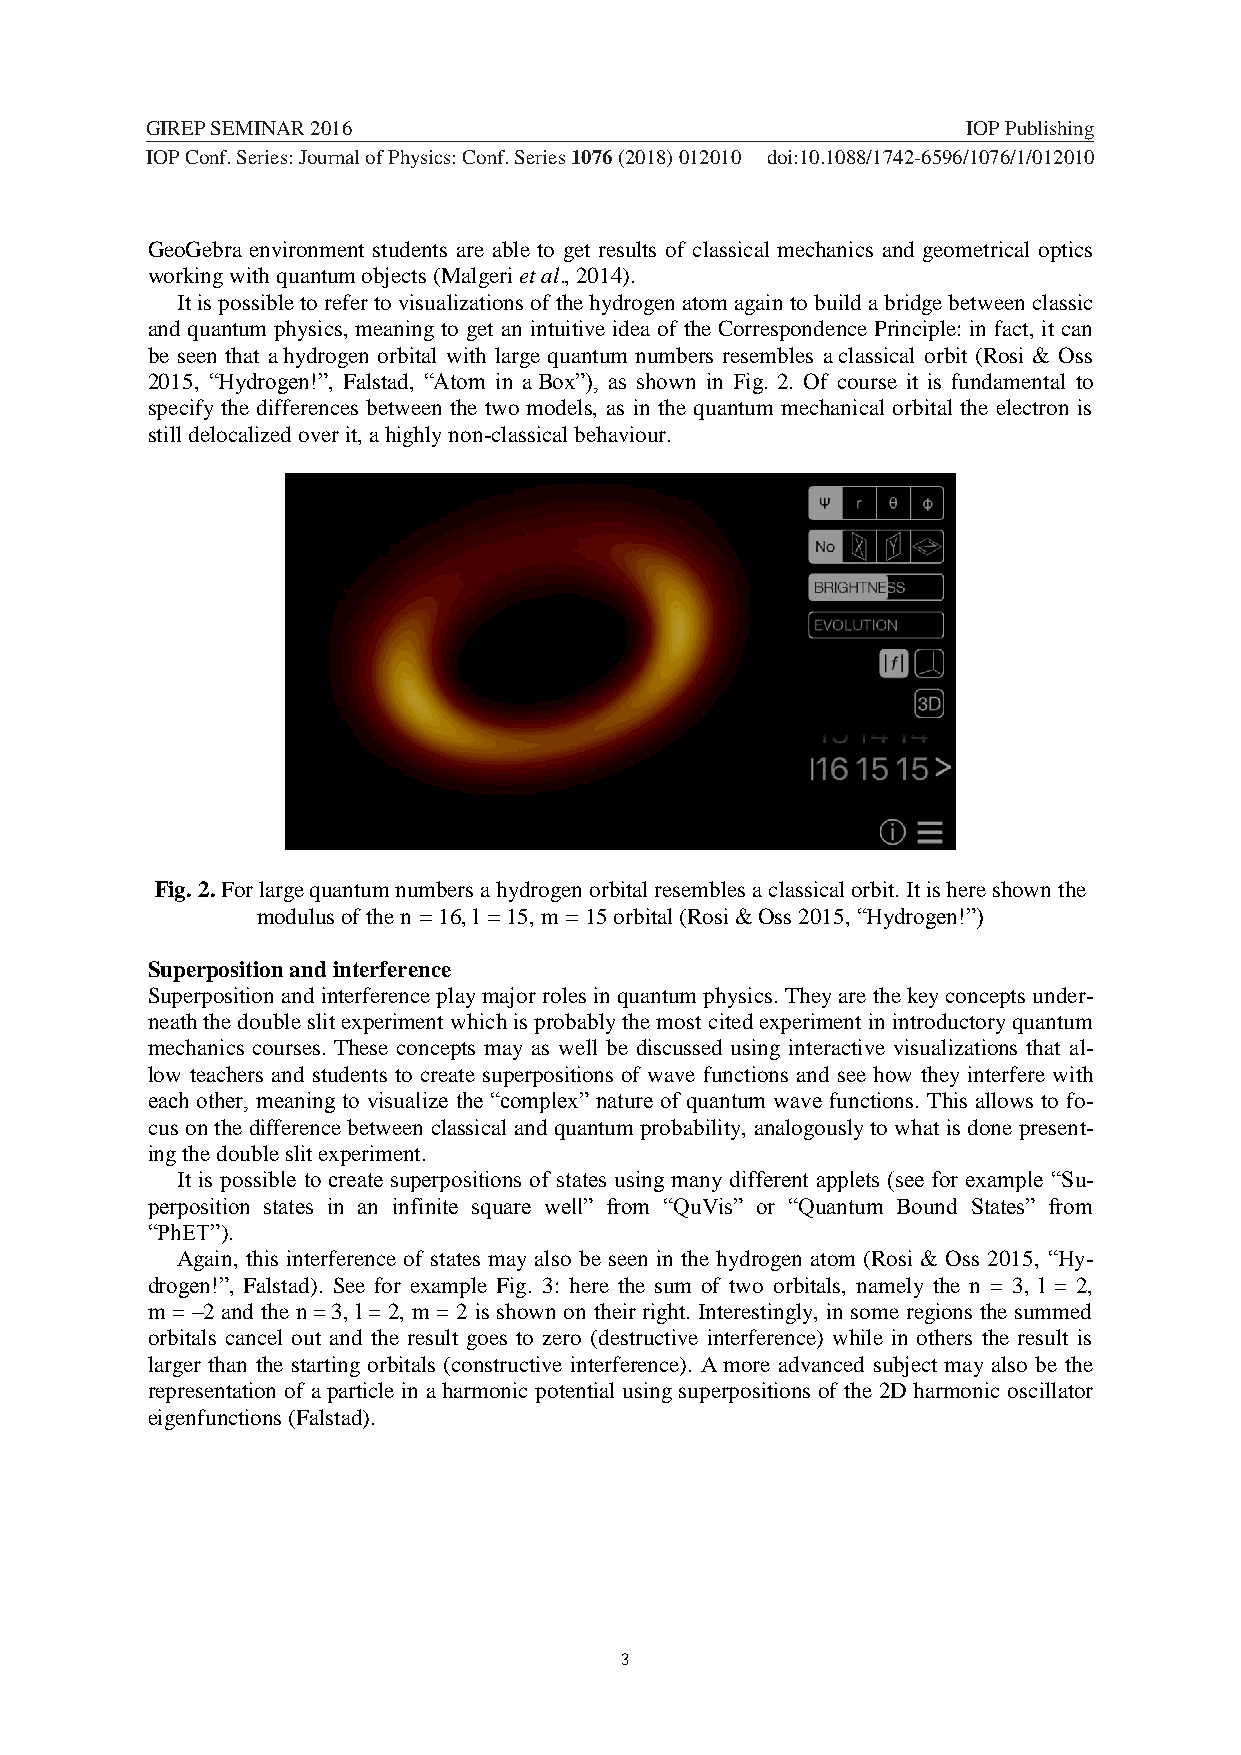
GIREP SEMINAR 2016                                    IOP Publishing
 IOP Conf. Series: Journal of Physics: Conf. Ser1i2e3s 415067768 (9200 ‘1’8“)” 012010 doi :10.1088/1742-6596/1076/1/012010
 GeoGebra environment students are able to get results of classical mechanics and geometrical optics
 working with quantum objects (Malgeri et al., 2014).
 It is possible to refer to visualizations of the hydrogen atom again to build a bridge between classic
 and quantum physics, meaning to get an intuitive idea of the Correspondence Principle: in fact, it can
 be seen that a hydrogen orbital with large quantum numbers resembles a classical orbit (Rosi & Oss
 2015, “Hydrogen!”, Falstad, “Atom in a Box”), as shown in Fig. 2. Of course it is fundamental to
 specify the differences between the two models, as in the quantum mechanical orbital the electron is
 still delocalized over it, a highly non-classical behaviour.
 Fig. 2. For large quantum numbers a hydrogen orbital resembles a classical orbit. It is here shown the
 modulus of the n = 16, l = 15, m = 15 orbital (Rosi & Oss 2015, “Hydrogen!”)
 Superposition and interference
 Superposition and interference play major roles in quantum physics. They are the key concepts under-
 neath the double slit experiment which is probably the most cited experiment in introductory quantum
 mechanics courses. These concepts may as well be discussed using interactive visualizations that al-
 low teachers and students to create superpositions of wave functions and see how they interfere with
 each other, meaning to visualize the “complex” nature of quantum wave functions. This allows to fo-
 cus on the difference between classical and quantum probability, analogously to what is done present-
 ing the double slit experiment.
 It is possible to create superpositions of states using many different applets (see for example “Su-
 perposition states in an infinite square well” from “QuVis” or “Quantum Bound States” from
 “PhET”).
 Again, this interference of states may also be seen in the hydrogen atom (Rosi & Oss 2015, “Hy-
 drogen!”, Falstad). See for example Fig. 3: here the sum of two orbitals, namely the n = 3, l = 2,
 m = –2 and the n = 3, l = 2, m = 2 is shown on their right. Interestingly, in some regions the summed
 orbitals cancel out and the result goes to zero (destructive interference) while in others the result is
 larger than the starting orbitals (constructive interference). A more advanced subject may also be the
 representation of a particle in a harmonic potential using superpositions of the 2D harmonic oscillator
 eigenfunctions (Falstad).
 3